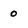
Character: 0